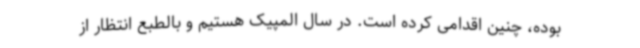
بوده، چنین اقدامی کرده است. در سال المپیک هستیم و بالطبع انتظار از